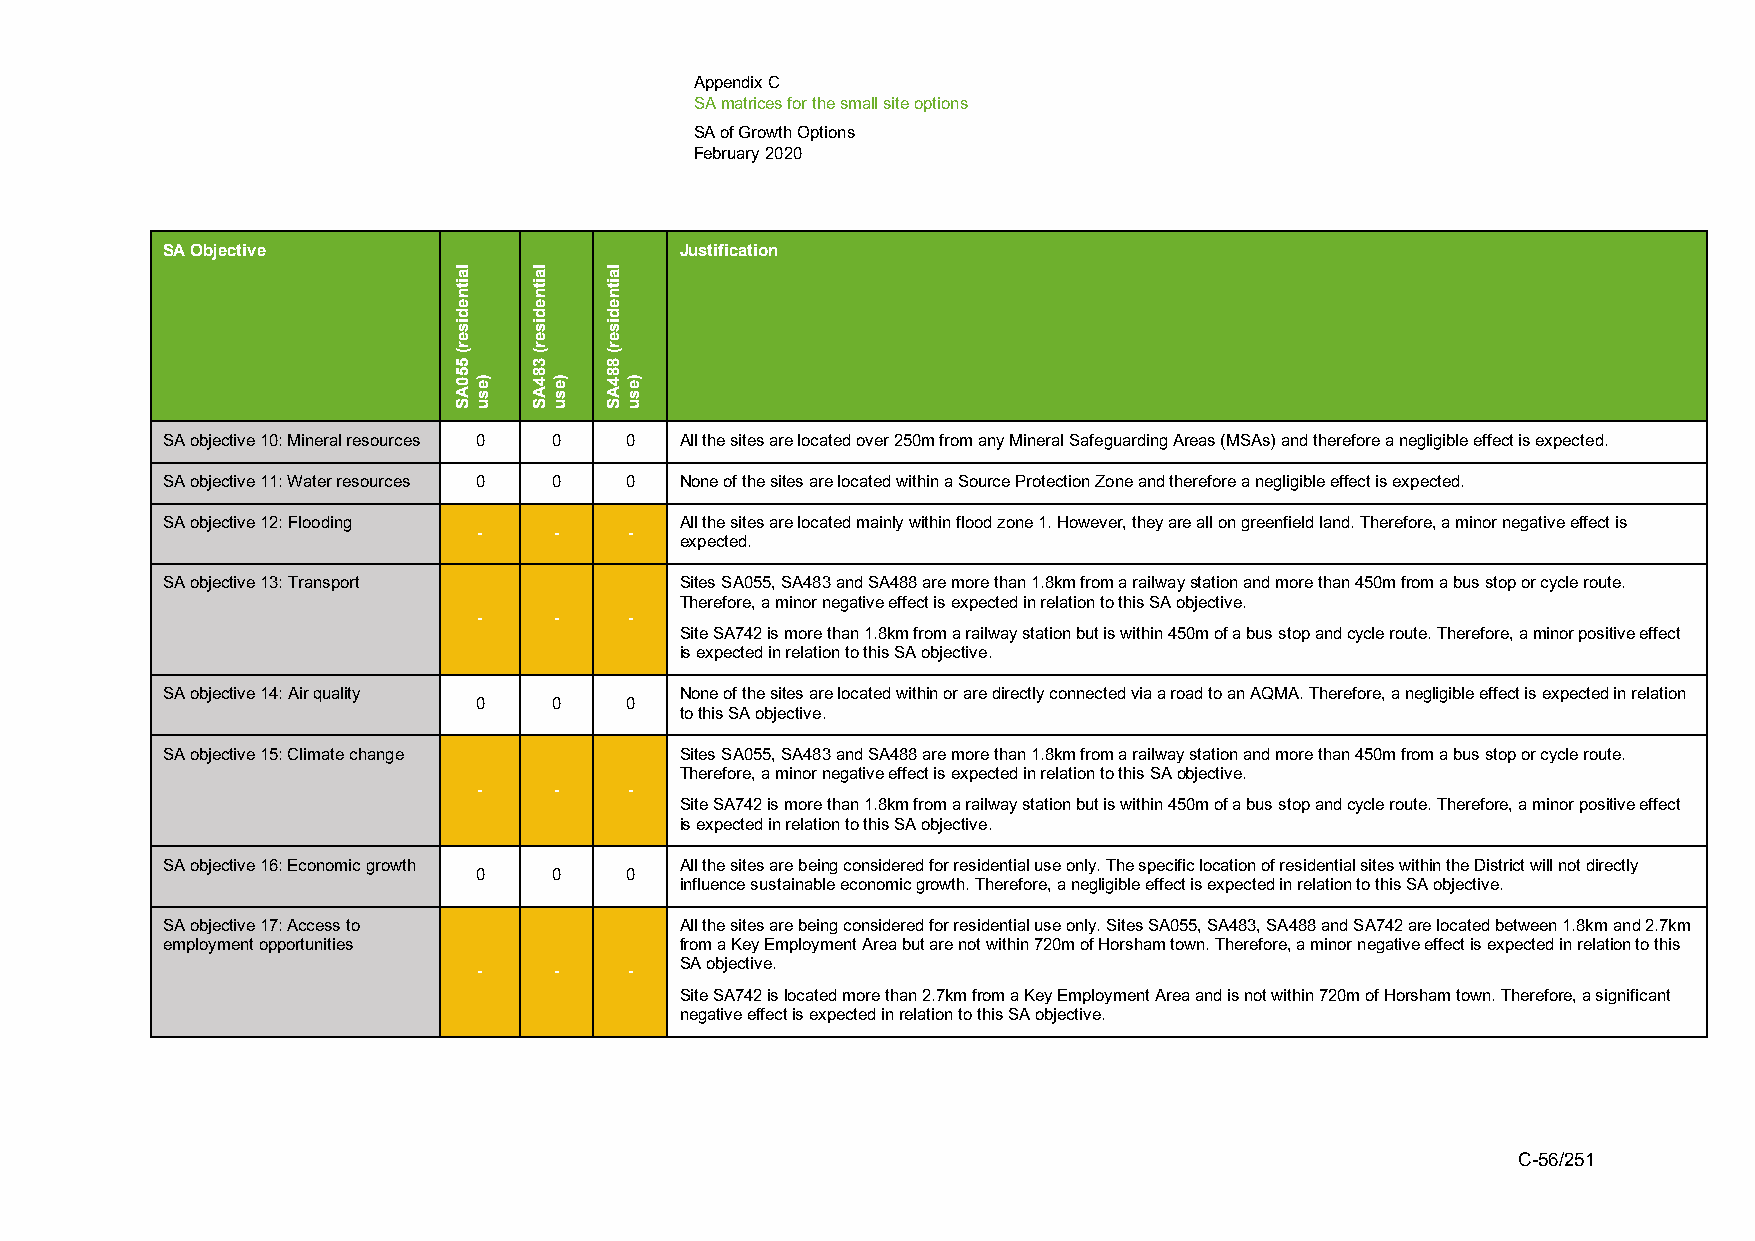
Appendix C
 SA matrices for the small site options
 SA of Growth Options
 February 2020
 SA Objective                      Justification
 SA objective 10: Mineral resources 0 0 0 All the sites are located over 250m from any Mineral Safeguarding Areas (MSAs) and therefore a negligible effect is expected.
 SA objective 11: Water resources 0 0 0 None of the sites are located within a Source Protection Zone and therefore a negligible effect is expected.
 SA objective 12: Flooding         All the sites are located mainly within flood zone 1. However, they are all on greenfield land. Therefore, a minor negative effect is
 -    -    -
 expected.
 SA objective 13: Transport        Sites SA055, SA483 and SA488 are more than 1.8km from a railway station and more than 450m from a bus stop or cycle route.
 Therefore, a minor negative effect is expected in relation to this SA objective.
 -    -    -
 Site SA742 is more than 1.8km from a railway station but is within 450m of a bus stop and cycle route. Therefore, a minor positive effect
 is expected in relation to this SA objective.
 SA objective 14: Air quality      None of the sites are located within or are directly connected via a road to an AQMA. Therefore, a negligible effect is expected in relation
 0     0   0
 to this SA objective.
 SA objective 15: Climate change   Sites SA055, SA483 and SA488 are more than 1.8km from a railway station and more than 450m from a bus stop or cycle route.
 Therefore, a minor negative effect is expected in relation to this SA objective.
 -    -    -
 Site SA742 is more than 1.8km from a railway station but is within 450m of a bus stop and cycle route. Therefore, a minor positive effect
 is expected in relation to this SA objective.
 SA objective 16: Economic growth  All the sites are being considered for residential use only. The specific location of residential sites within the District will not directly
 0     0   0
 influence sustainable economic growth. Therefore, a negligible effect is expected in relation to this SA objective.
 SA objective 17: Access to        All the sites are being considered for residential use only. Sites SA055, SA483, SA488 and SA742 are located between 1.8km and 2.7km
 employment opportunities          from a Key Employment Area but are not within 720m of Horsham town. Therefore, a minor negative effect is expected in relation to this
 -    -    -  SA objective.
 Site SA742 is located more than 2.7km from a Key Employment Area and is not within 720m of Horsham town. Therefore, a significant
 negative effect is expected in relation to this SA objective.
 C-56/251
 laitnediser(
 550AS
 )esu
 laitnediser(
 384AS
 )esu
 laitnediser(
 884AS
 )esu